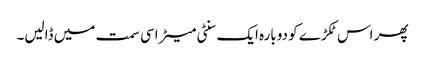
پھر اس ٹکڑے کو دوبارہ ایک سنٹی میٹر اسی سمت میں ڈالیں۔